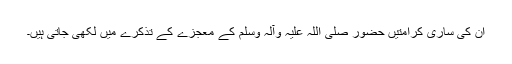
ان کی ساری کرامتیں حضور صلی اللہ علیہ وآلہ وسلم کے معجزے کے تذکرے میں لکھی جاتی ہیں۔